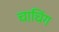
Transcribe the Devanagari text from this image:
चाचिंग